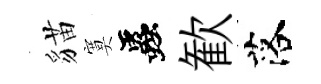
貓寞蟲歓落